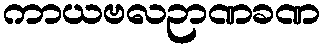
ကာယဗလဉာဏခဏ